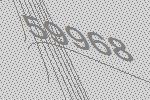
59968